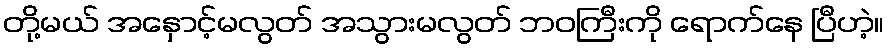
တို့မယ် အနှောင့်မလွတ် အသွားမလွတ် ဘဝကြီးကို ရောက်နေ ပြီဟဲ့။